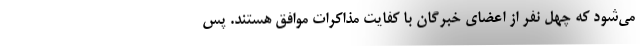
می‌شود که چهل نفر از اعضای خبرگان با کفایت مذاکرات موافق هستند. پس